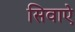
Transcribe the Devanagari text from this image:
सिवाऐ